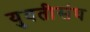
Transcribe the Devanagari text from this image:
युवतीसंघ